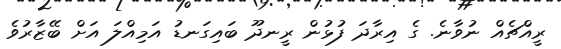
ރީއްޗެއް ނުވާނެ. ގެ އިރާދަ ފުޅުން ރީނދޫ ބައިގަނޑު އަމިއްލަ އަށް ބޭޒާރުވެ